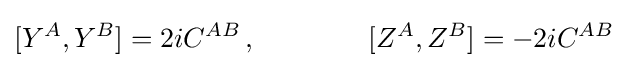
[Y^{A},Y^{B}]=2iC^{AB}\,,\qquad \qquad [Z^{A},Z^{B}]=-2iC^{AB}